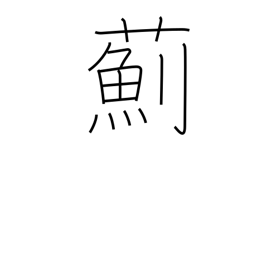
Meaning: thistle